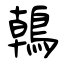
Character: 鶾